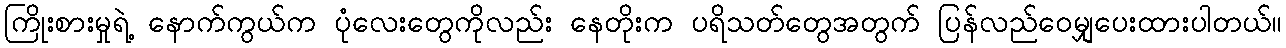
ကြိုးစားမှုရဲ့ နောက်ကွယ်က ပုံလေးတွေကိုလည်း နေတိုးက ပရိသတ်တွေအတွက် ပြန်လည်ဝေမျှပေးထားပါတယ်။